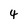
Character: 4